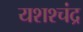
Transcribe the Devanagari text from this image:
यशश्चंद्र